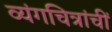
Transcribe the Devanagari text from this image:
व्यंगचित्रांचीं